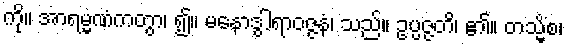
ကို။ အာရမ္မဏံကတွာ၊ ၍။ မနောဒွါရာဝဇ္ဇနံ၊ သည်။ ဥပ္ပဇ္ဇတိ၊ ၏။ တသ္မိံစ၊